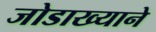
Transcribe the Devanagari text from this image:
जोडाख्याने